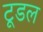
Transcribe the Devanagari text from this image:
टूडल